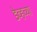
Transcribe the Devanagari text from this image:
डेव्हच्या